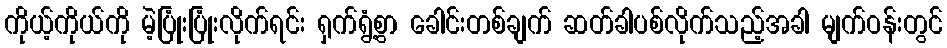
ကိုယ့်ကိုယ်ကို မဲ့ပြုံးပြုံးလိုက်ရင်း ရှက်ရွံ့စွာ ခေါင်းတစ်ချက် ဆတ်ခါပစ်လိုက်သည့်အခါ မျက်ဝန်းတွင်